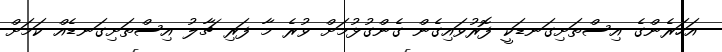
އަހަރެންގެ އިސްތަށިގަނޑަކީ ފޮރުވައިގެން ގެންގުޅުމަށް ވުރެ މާ ފަރި ޗާލު އިސްތަށިގަނޑެއް ކަމަށް